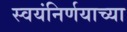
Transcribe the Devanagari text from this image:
स्वयंनिर्णयाच्या